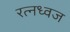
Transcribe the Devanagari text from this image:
रत्नध्वज